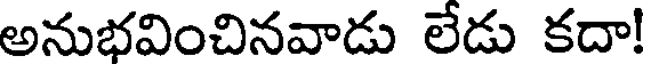
అనుభవించినవాడు లేడు కదా!